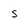
Character: s